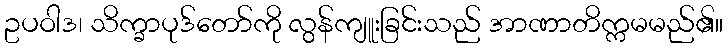
ဥပဝါဒ၊ သိက္ခာပုဒ်တော်ကို လွန်ကျူးခြင်းသည် အာဏာတိက္ကမမည်၏။